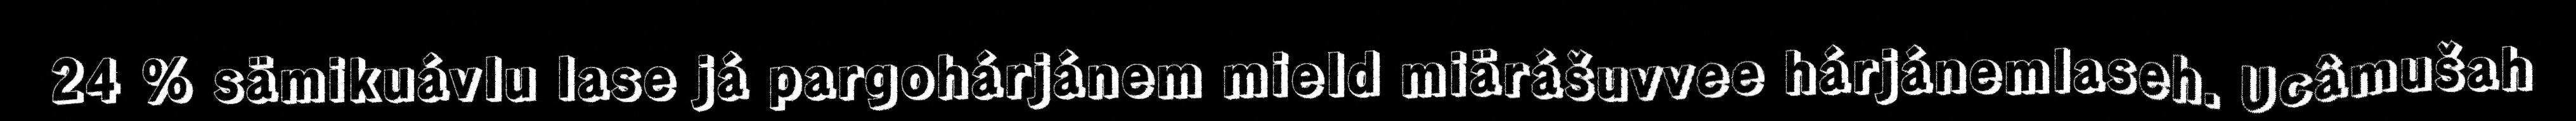
24 % sämikuávlu lase já pargohárjánem mield miärášuvvee hárjánemlaseh. Ucâmušah